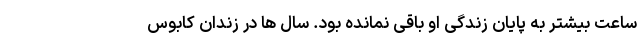
ساعت بیشتر به پایان زندگی او باقی نمانده بود. سال ها در زندان کابوس